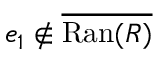
e _ { 1 } \not \in { \overline { { \mathrm { R a n } ( R ) } } }